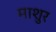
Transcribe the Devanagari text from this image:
माशुर